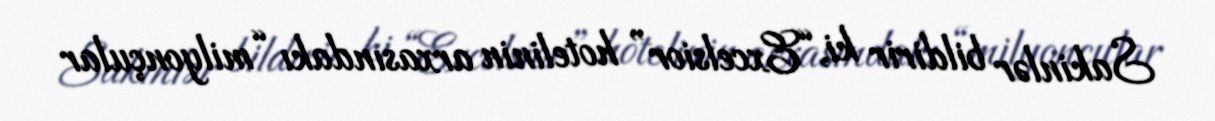
Sakinlər bildirir ki, “Excelsior” hotelinin arxasındakı “milyonçular